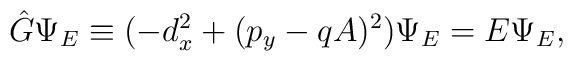
{\hat G}\Psi_E\equiv (-d_x^2+(p_y-qA)^2)\Psi_E=E\Psi_{E},